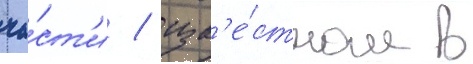
ча́ст'и / изв'е́стном в